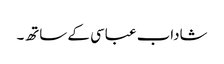
شاداب عباسی کے ساتھ۔